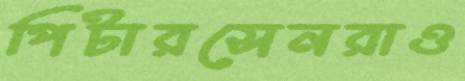
পিটারসেনরাও